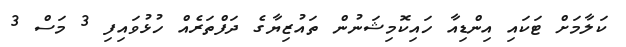
ކަލާމަށް ޓަކައި އިންޑިއާ ހައިކޮމިޝަނުން ތައުޒިޔާގެ ދަފްތަރެއް ހުޅުވައިފި 3 މަސް 3